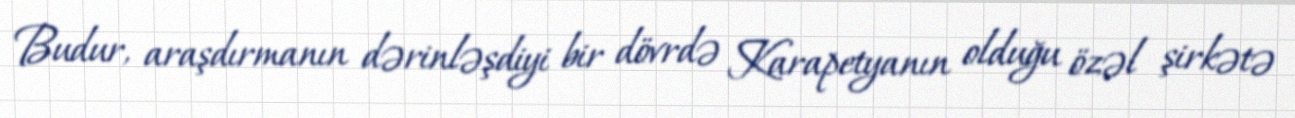
Budur, araşdırmanın dərinləşdiyi bir dövrdə Karapetyanın olduğu özəl şirkətə